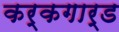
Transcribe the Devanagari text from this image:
कर्कगार्ड